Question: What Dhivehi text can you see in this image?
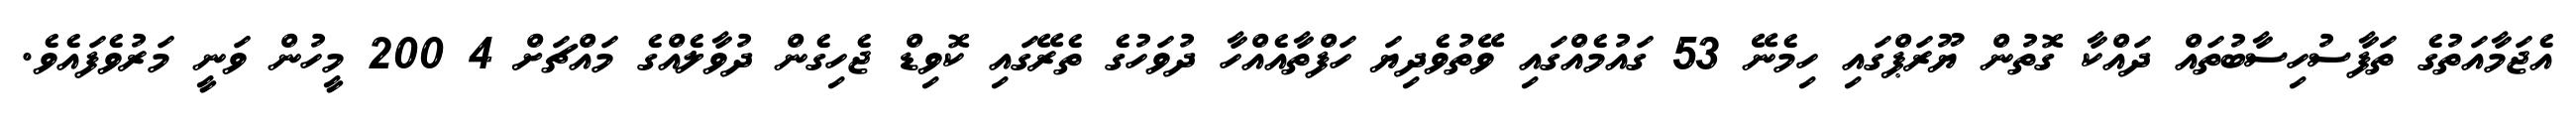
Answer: އެޖަމާއަތުގެ ތަފާސުހިސާބުތައް ދައްކާ ގޮތުން ޔޫރަޕްގައި ހިމެނޭ 53 ގައުމެއްގައި ވޭތުވެދިޔަ ހަފްތާއެއްހާ ދުވަހުގެ ތެރޭގައި ކޮވިޑް ޖެހިގެން ދުވާލެއްގެ މައްޗަށް 4 200 މީހުން ވަނީ މަރުވެފައެވެ.